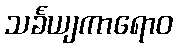
သင်္ခယျကာရောဝ